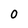
Character: 0